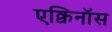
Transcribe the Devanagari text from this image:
एक्विनॉस